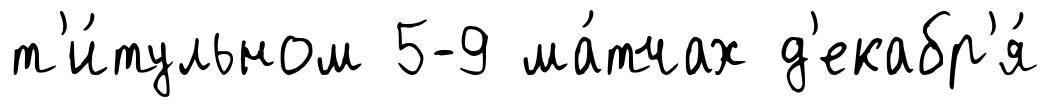
т'и́тульном 5-9 ма́тчах д'екабр'я́